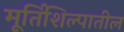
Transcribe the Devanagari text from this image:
मूर्तिशिल्पातील